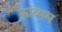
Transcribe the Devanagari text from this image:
काव्यम